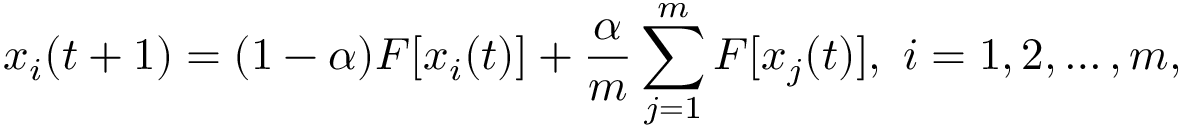
x _ { i } ( t + 1 ) = ( 1 - \alpha ) F [ x _ { i } ( t ) ] + \frac { \alpha } { m } \sum _ { j = 1 } ^ { m } F [ x _ { j } ( t ) ] , \ i = 1 , 2 , \dots , m ,